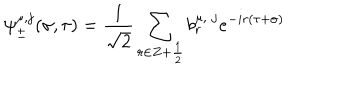
LaTeX: \psi _ { \pm } ^ { \mu , j } ( \sigma , \tau ) = \frac { 1 } { \sqrt 2 } \sum _ { r \in Z + \frac { 1 } { 2 } } b _ { r } ^ { \mu , \; j } e ^ { - i r ( \tau + \sigma ) }